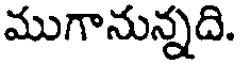
ముగానున్నది.